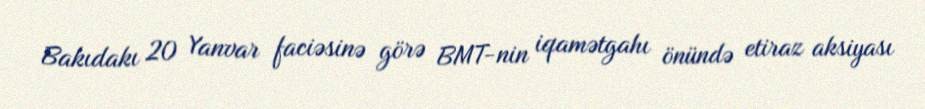
Bakıdakı 20 Yanvar faciəsinə görə BMT-nin iqamətgahı önündə etiraz aksiyası